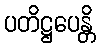
ပတိဋ္ဌပေန္တိ